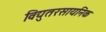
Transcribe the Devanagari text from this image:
विद्युतरसायनिक